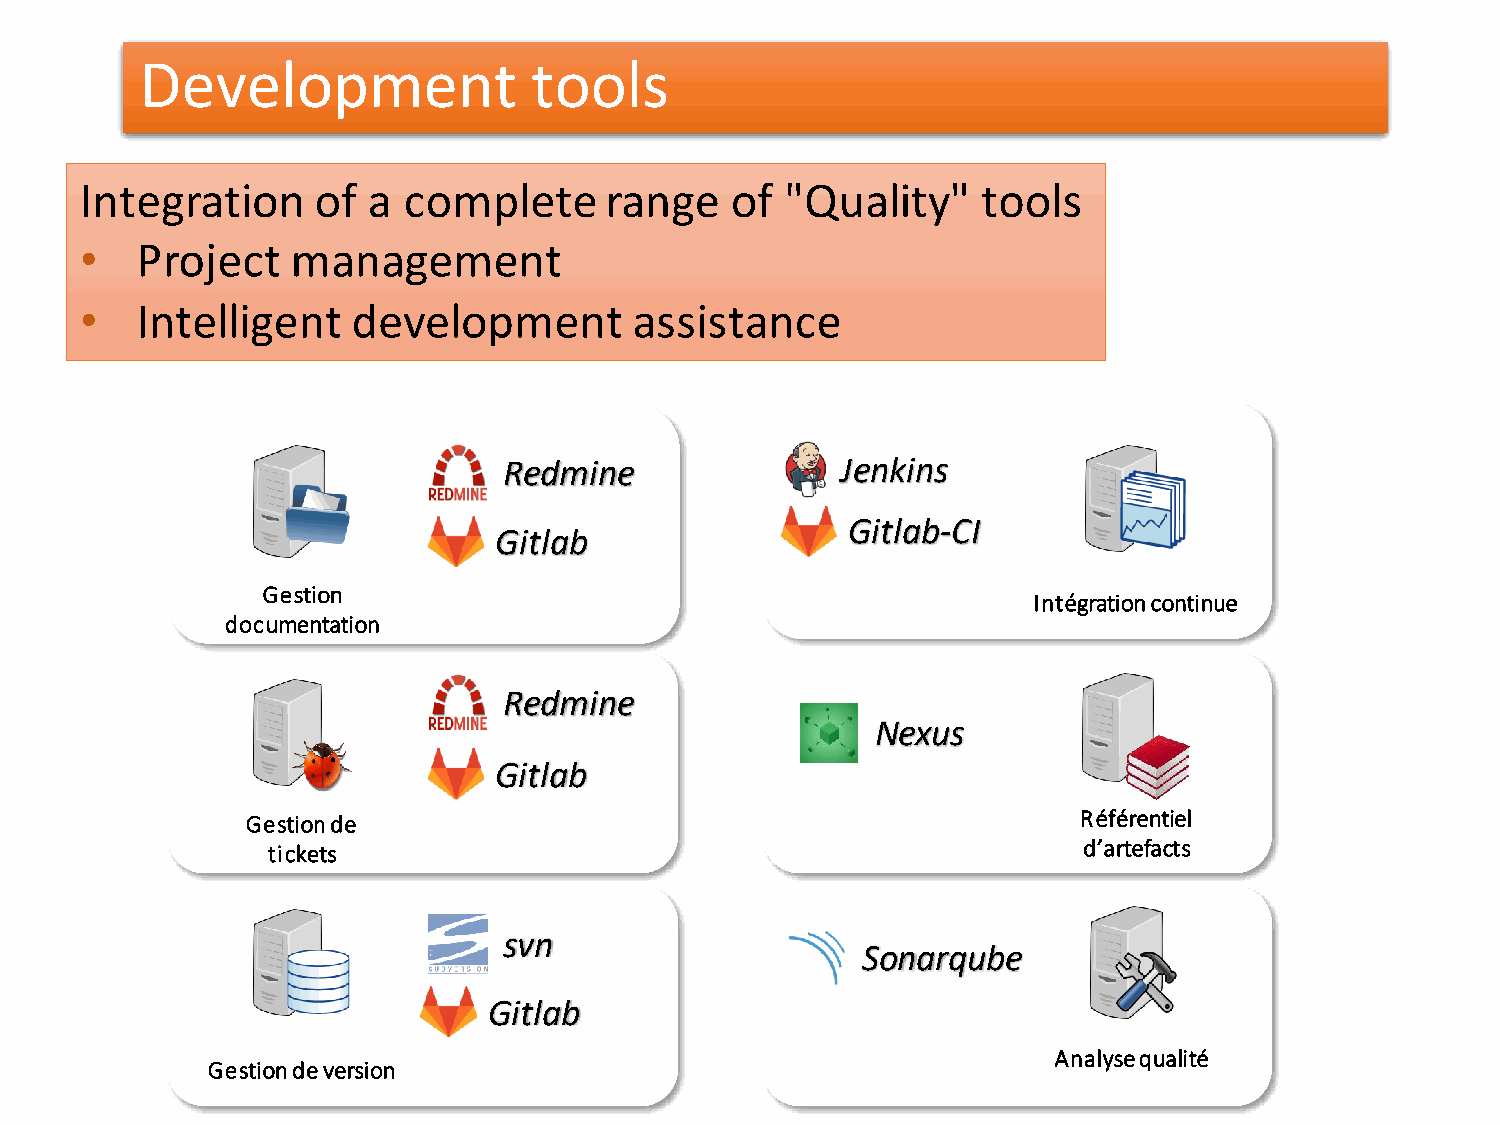
Development               tools
 Integration     of a  complete     range   of  "Quality"    tools
 •   Project   management
 •   Intelligent   development        assistance
 Redmine                Jenkins
 Gitlab-CI
 Gitlab
 Gestion
 Intégration continue
 documentation
 Redmine
 Nexus
 Gitlab
 Gestion de                                              Référentiel
 tickets                                               d’artefacts
 svn
 Sonarqube
 Gitlab
 Analyse qualité
 Gestion de version